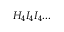
H _ { 4 } I _ { 4 } I _ { 4 } . . .